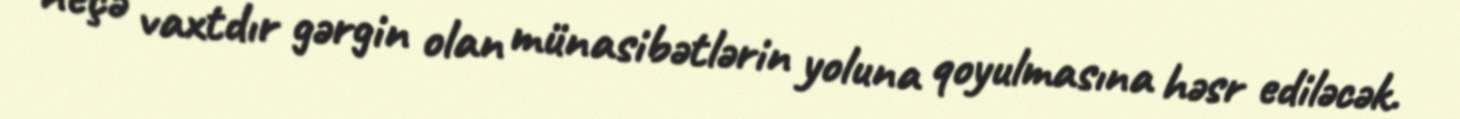
neçə vaxtdır gərgin olan münasibətlərin yoluna qoyulmasına həsr ediləcək.